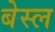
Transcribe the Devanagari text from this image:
बेस्ल